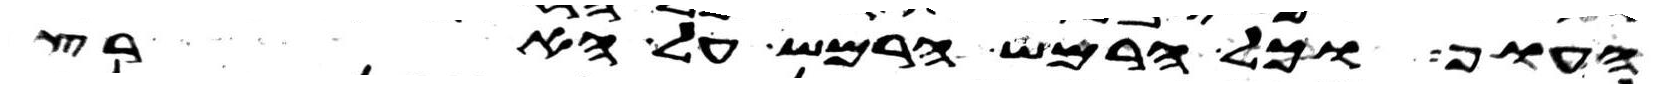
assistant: העוף וכל הרמש הרמש על הארץ